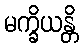
မက္ခိယန္တိ